Problem: 22 + 10 = ?
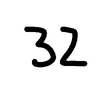
Handwritten answer: 32